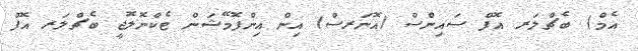
އެމް) ބެޗްލަރ އޮފް ސައިންސް (އޮނަރސް) އިން އިންފޮމޭޝަން ޓެކްނޮލޮޖީ ބެޗްލަރ އޮފް